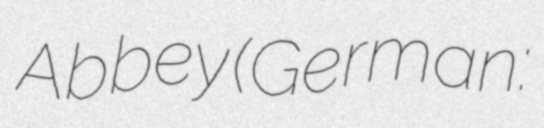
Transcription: Abbey (German: